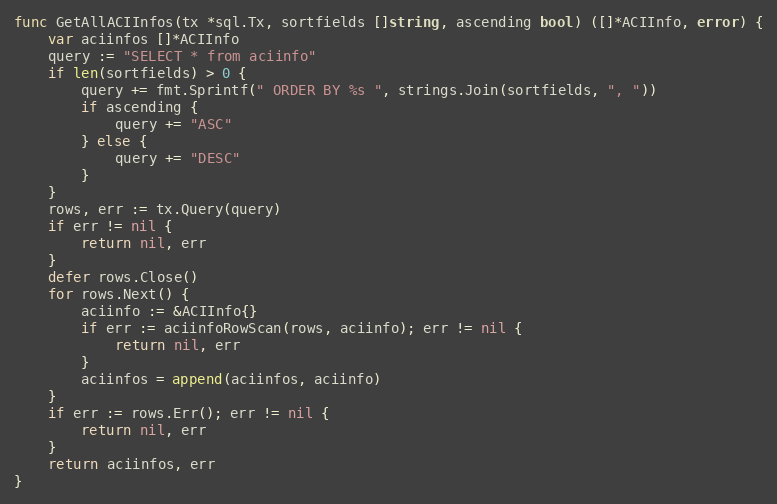
Language: Go
func GetAllACIInfos(tx *sql.Tx, sortfields []string, ascending bool) ([]*ACIInfo, error) {
	var aciinfos []*ACIInfo
	query := "SELECT * from aciinfo"
	if len(sortfields) > 0 {
		query += fmt.Sprintf(" ORDER BY %s ", strings.Join(sortfields, ", "))
		if ascending {
			query += "ASC"
		} else {
			query += "DESC"
		}
	}
	rows, err := tx.Query(query)
	if err != nil {
		return nil, err
	}
	defer rows.Close()
	for rows.Next() {
		aciinfo := &ACIInfo{}
		if err := aciinfoRowScan(rows, aciinfo); err != nil {
			return nil, err
		}
		aciinfos = append(aciinfos, aciinfo)
	}
	if err := rows.Err(); err != nil {
		return nil, err
	}
	return aciinfos, err
}